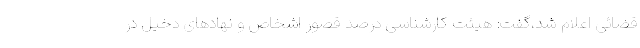
قضائی اعلام شد،گفت: هیئت کارشناسی درصد قصور اشخاص و نهادهای دخیل در